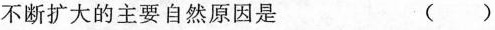
不断扩大的主要自然原因是 ( )